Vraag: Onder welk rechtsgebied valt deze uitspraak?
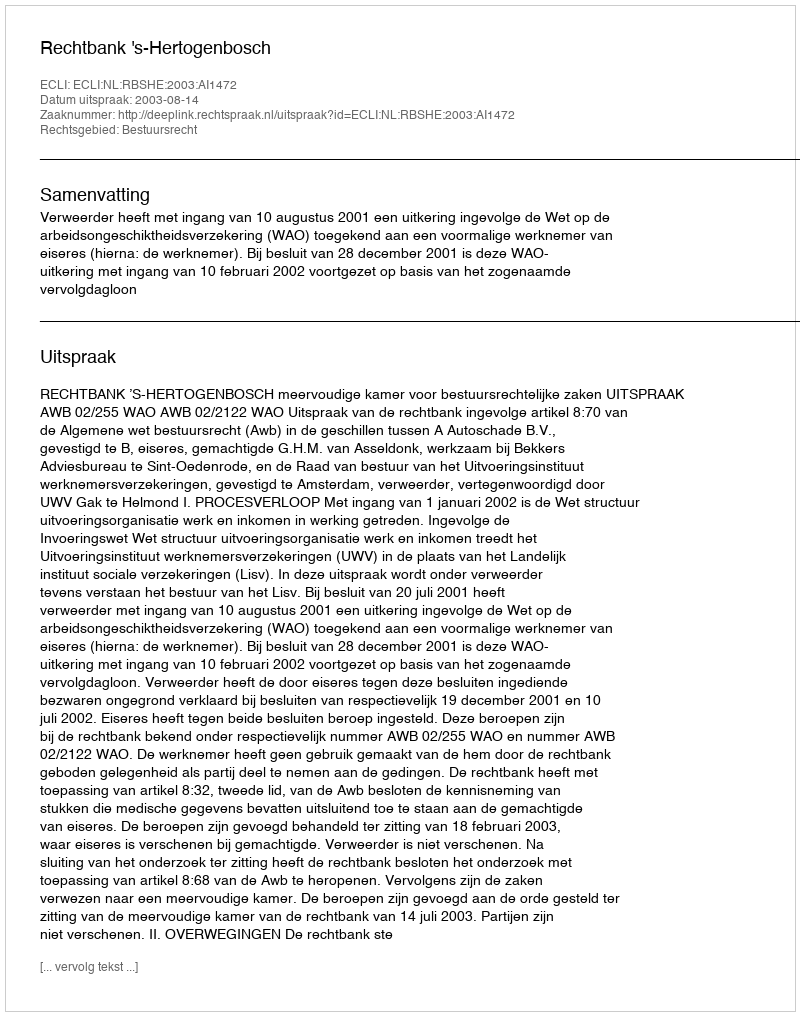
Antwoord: Bestuursrecht